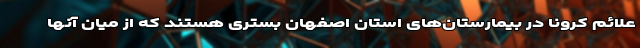
علائم کرونا در بیمارستان‌های استان اصفهان بستری هستند که از میان آنها